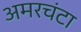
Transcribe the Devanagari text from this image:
अमरचंटा